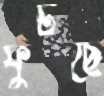
ফুটছে